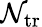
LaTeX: \mathcal{N}_{\mathrm{{tr}}}